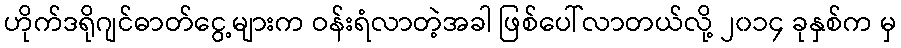
ဟိုက်ဒရိုဂျင်ဓာတ်ငွေ့များက ဝန်းရံလာတဲ့အခါ ဖြစ်ပေါ်လာတယ်လို့ ၂၀၁၄ ခုနှစ်က မှ